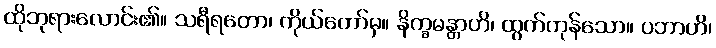
ထိုဘုရားလောင်း၏။ သရီရတော၊ ကိုယ်တော်မှ။ နိက္ခမန္တာဟိ၊ ထွက်ကုန်သော။ ပဘာဟိ၊